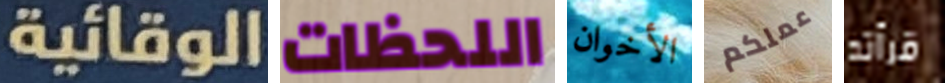
الوقائية اللحظات الأخوان عملكم قرأته